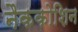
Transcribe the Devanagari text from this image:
नैककोशिन